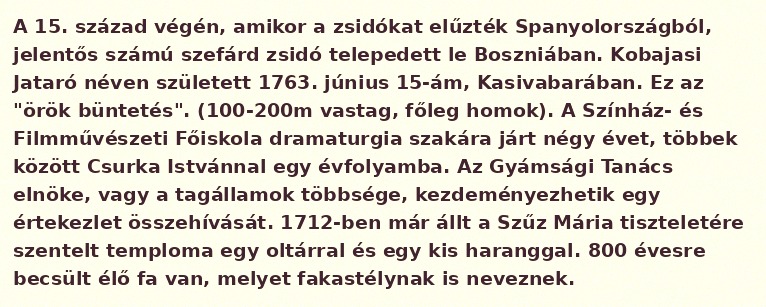
A 15. század végén, amikor a zsidókat elűzték Spanyolországból, jelentős számú szefárd zsidó telepedett le Boszniában. Kobajasi Jataró néven született 1763. június 15-ám, Kasivabarában. Ez az "örök büntetés". (100-200m vastag, főleg homok). A Színház- és Filmművészeti Főiskola dramaturgia szakára járt négy évet, többek között Csurka Istvánnal egy évfolyamba. Az Gyámsági Tanács elnöke, vagy a tagállamok többsége, kezdeményezhetik egy értekezlet összehívását. 1712-ben már állt a Szűz Mária tiszteletére szentelt temploma egy oltárral és egy kis haranggal. 800 évesre becsült élő fa van, melyet fakastélynak is neveznek.